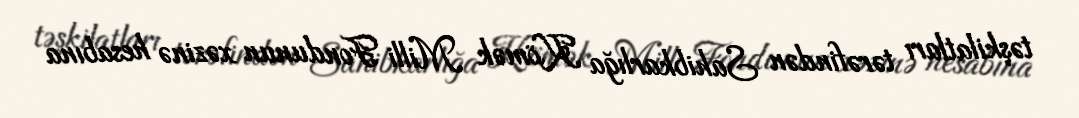
təşkilatları tərəfindən Sahibkarlığa Kömək Milli Fondunun xəzinə hesabına